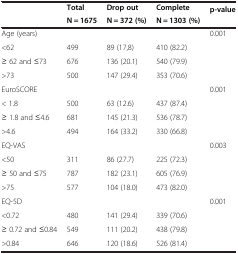
| <ROWSPAN=2>  | Total | Drop out | Complete | <ROWSPAN=2> p-value |
 | N = 1675 | N = 372 (%) | N = 1303 (%) |
 | --- | --- | --- | --- | --- |
 | Age (years) |  |  |  | 0.001 |
 | <62 | 499 | 89 (17,8) | 410 (82.2) |  |
 | ≥ 62 and ≤73 | 676 | 136 (20.1) | 540 (79.9) |  |
 | >73 | 500 | 147 (29.4) | 353 (70.6) |  |
 | EuroSCORE |  |  |  | 0.001 |
 | < 1.8 | 500 | 63 (12.6) | 437 (87.4) |  |
 | ≥ 1.8 and ≤4.6 | 681 | 145 (21.3) | 536 (78.7) |  |
 | >4.6 | 494 | 164 (33.2) | 330 (66.8) |  |
 | EQ-VAS |  |  |  | 0.003 |
 | <50 | 311 | 86 (27.7) | 225 (72.3) |  |
 | ≥ 50 and ≤75 | 787 | 182 (23.1) | 605 (76.9) |  |
 | >75 | 577 | 104 (18.0) | 473 (82.0) |  |
 | EQ-5D |  |  |  | 0.001 |
 | <0.72 | 480 | 141 (29.4) | 339 (70.6) |  |
 | ≥ 0.72 and ≤0.84 | 549 | 111 (20.2) | 438 (79.8) |  |
 | >0.84 | 646 | 120 (18.6) | 526 (81.4) |  |